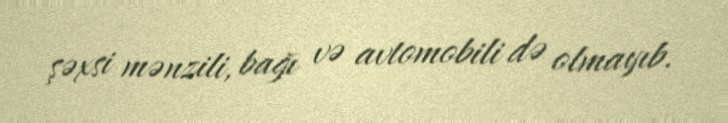
şəxsi mənzili, bağı və avtomobili də olmayıb.